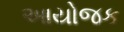
આયોજક